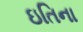
ઇતિના